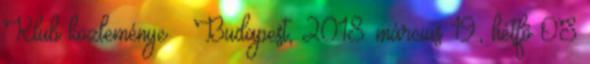
Klub közleménye – Budapest, 2018. március 19., hétfõ OS